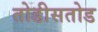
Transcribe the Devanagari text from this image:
तोडीसतोड